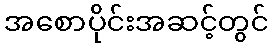
အစောပိုင်းအဆင့်တွင်